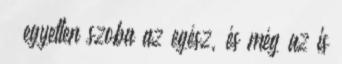
– egyetlen szoba az egész, és még az is